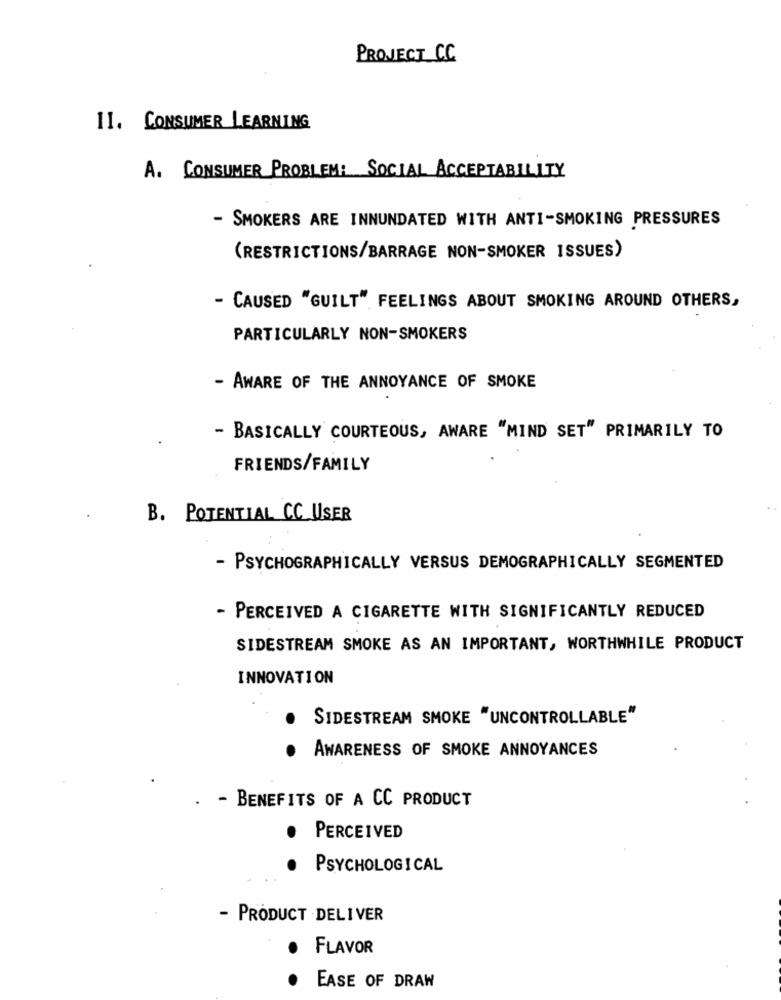
PROJECT CC.
11. CONSUMER LEARNING
A. CONSUMER PROBLEM: SOCIAL ACCEPTABILITY
- SMOKERS ARE INNUNDATED WITH ANTI-SMOKING PRESSURES
(RESTRICTIONS/BARRAGE NON-SMOKER ISSUES)
- CAUSED "GUILT" FEELINGS ABOUT SMOKING AROUND OTHERS,
PARTICULARLY NON-SMOKERS
- AWARE OF THE ANNOYANCE OF SMOKE
- BASICALLY COURTEOUS, AWARE "MIND SET" PRIMARILY TO
FRIENDS/FAMILY
B. POTENTIAL CC USER
- PSYCHOGRAPHICALLY VERSUS DEMOGRAPHICALLY SEGMENTED
- PERCEIVED A CIGARETTE WITH SIGNIFICANTLY REDUCED
SIDESTREAM SMOKE AS AN IMPORTANT, WORTHWHILE PRODUCT
INNOVATION
SIDESTREAM SMOKE "UNCONTROLLABLE"
AWARENESS OF SMOKE ANNOYANCES
- BENEFITS OF A CC PRODUCT
PERCEIVED
PSYCHOLOGICAL
- PRODUCT DELIVER
.
FLAVOR
EASE OF DRAW